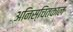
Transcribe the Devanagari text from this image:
अनिस्चितकाल